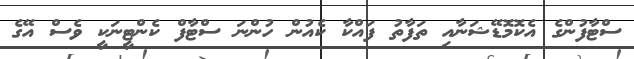
ސްޓާފުންގެ އެކޮމޮޑޭޝަނާއި ތަފާތު ފައްކާ ކެއުން ހުންނަ ސްޓާފް ކެންޓީނަކީ ވެސް އޭގެ